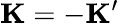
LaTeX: {\mathbf K}=-{\mathbf K}^{\prime}